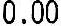
0.00